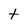
Character: t